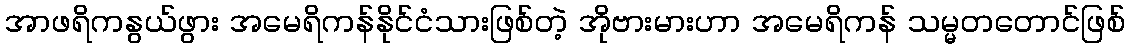
အာဖရိကနွယ်ဖွား အမေရိကန်နိုင်ငံသားဖြစ်တဲ့ အိုဗားမားဟာ အမေရိကန် သမ္မတတောင်ဖြစ်